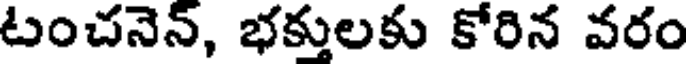
టంచనెన్, భక్తులకు కోరిన వరం